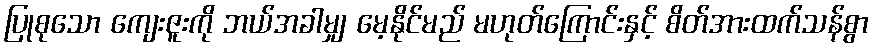
ပြုစုသော ကျေးဇူးကို ဘယ်အခါမျှ မေ့နိုင်မည် မဟုတ်ကြောင်းနှင့် စိတ်အားထက်သန်စွာ